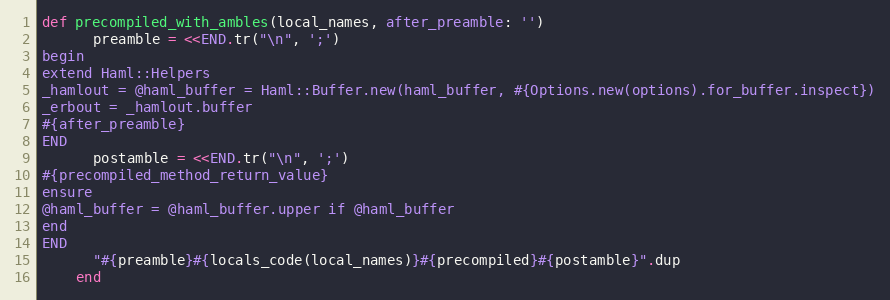
Language: Ruby
def precompiled_with_ambles(local_names, after_preamble: '')
      preamble = <<END.tr("\n", ';')
begin
extend Haml::Helpers
_hamlout = @haml_buffer = Haml::Buffer.new(haml_buffer, #{Options.new(options).for_buffer.inspect})
_erbout = _hamlout.buffer
#{after_preamble}
END
      postamble = <<END.tr("\n", ';')
#{precompiled_method_return_value}
ensure
@haml_buffer = @haml_buffer.upper if @haml_buffer
end
END
      "#{preamble}#{locals_code(local_names)}#{precompiled}#{postamble}".dup
    end